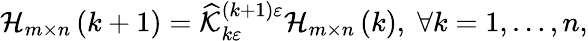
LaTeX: \begin{array}{r}{\mathcal{H}_{m\times n}\left(k+1\right)=\widehat{\mathcal{K}}_{k\varepsilon}^{\left(k+1\right)\varepsilon}\mathcal{H}_{m\times n}\left(k\right),\; \forall k=1,\ldots,n,}\end{array}